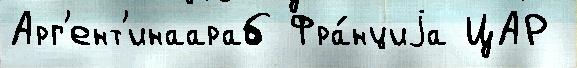
Арг'ент'инаараб Фра́нциjа ЦАР